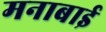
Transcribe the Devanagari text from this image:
मनाबाई